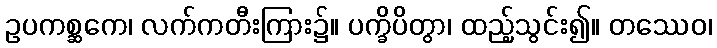
ဥပကစ္ဆကေ၊ လက်ကတီးကြား၌။ ပက္ခိပိတွာ၊ ထည့်သွင်း၍။ တဿေဝ၊